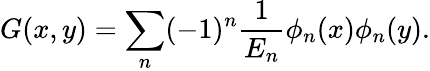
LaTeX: G(x,y)=\sum_{n}(-1)^{n}\frac{1}{E_{n}}\phi_{n}(x)\phi_{n}(y).